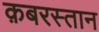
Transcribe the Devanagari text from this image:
क़बरस्तान